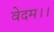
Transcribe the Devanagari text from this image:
वेदम।।